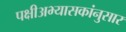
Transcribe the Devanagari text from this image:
पक्षीअभ्यासकांनुसार